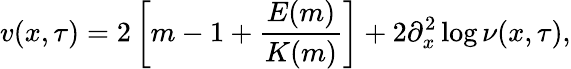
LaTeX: v(x,\tau)=2\left[m-1+\frac{E(m)}{K(m)}\right]+2\partial_{x}^{2}\log\nu(x,\tau),